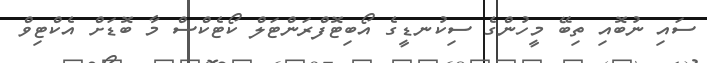
ސައި ނުބޮއި ތިބޭ މީހުންގެ ސިކުނޑީގެ އޯބިޓޮފްރަންޓަލް ކޯޓެކްސް މާ ބޮޑަށް އެކްޓިވް